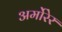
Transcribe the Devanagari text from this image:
अर्मोरेर